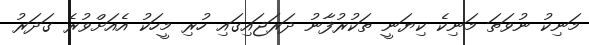
މަނިކު ނުވަތަ މަނިކެ ކިޔަނީ ތަކުރުފާނު ދަރަޖައިގައި ހުރި މީހަކު އެއަށްވުރެ ގަދަރު